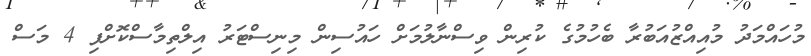
މުހައްމަދު މުއިއްޒުއަބުރާ ބެހުމުގެ ކުރިން ވިސްނާލުމަށް ހައުސިން މިނިސްޓަރު އިލްތިމާސްކޮށްފި 4 މަސް